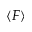
\langle F \rangle